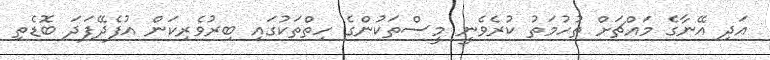
އަދި އޭނާގެ މައްޗަށް ތުހުމަތު ކުރެވެނީ މީސްތަކުންގެ ހިތްތަކުގައި ބިރުވެރިކަން އުފެދޭފަދަ ބޮޑެތި